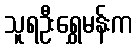
သူရဦးရွှေမန်းက